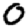
Digit: 0